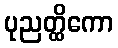
ပုညတ္ထိကော